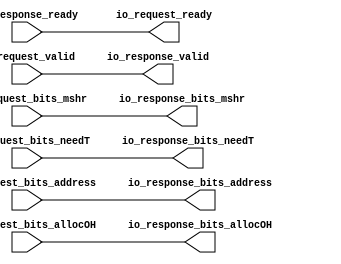
module BroadcastFilter(
  output        io_request_ready,
  input         io_request_valid,
  input  [1:0]  io_request_bits_mshr,
  input  [31:0] io_request_bits_address,
  input         io_request_bits_allocOH,
  input         io_request_bits_needT,
  input         io_response_ready,
  output        io_response_valid,
  output [1:0]  io_response_bits_mshr,
  output [31:0] io_response_bits_address,
  output        io_response_bits_allocOH,
  output        io_response_bits_needT
);
  assign io_request_ready = io_response_ready; // @[Broadcast.scala 362:20]
  assign io_response_valid = io_request_valid; // @[Broadcast.scala 363:21]
  assign io_response_bits_mshr = io_request_bits_mshr; // @[Broadcast.scala 365:28]
  assign io_response_bits_address = io_request_bits_address; // @[Broadcast.scala 366:28]
  assign io_response_bits_allocOH = io_request_bits_allocOH; // @[Broadcast.scala 368:28]
  assign io_response_bits_needT = io_request_bits_needT; // @[Broadcast.scala 367:28]
endmodule